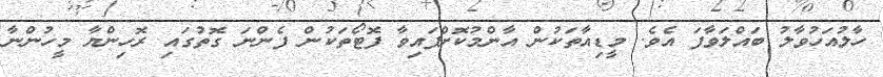
ހާލުއަހުވާލު ބައްލަވާފަ އެވެ. މީޑިއާތަކުން އާންމުކޮށްފައިވާ ފޮޓޯތަކުން ފެންނަ ގޮތުގައި ރޮހިންޔާ މީހުންނާ